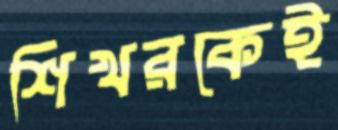
শিখরকেই